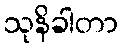
သုနိခါတာ